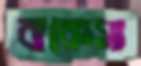
বাকেসা